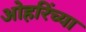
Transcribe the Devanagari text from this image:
ओहरिंच्या